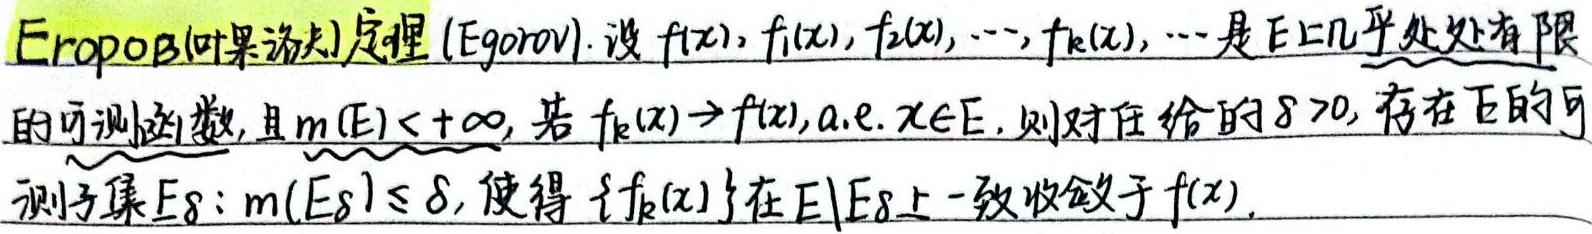
**Егоров(叶果洛夫)定理 (Egorov)**. 设 \(f(x), f_1(x), f_2(x), \cdots, f_k(x), \cdots\) 是 \(E\) 上几乎处处有限的可测函数，且 \(m(E)<+\infty\)，若 \(f_k(x)\to f(x), \text{a.e. }x\in E\)，则对任给的 \(\delta >0\)，存在 \(E\) 的可测子集 \(E_{\delta}\)：\(m(E_{\delta})\leq \delta\)，使得 \(\{f_k(x)\}\) 在 \(E\setminus E_{\delta}\) 上一致收敛于 \(f(x)\)。